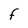
Character: F